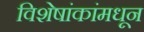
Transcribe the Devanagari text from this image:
विशेषांकांमधून